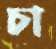
চা